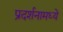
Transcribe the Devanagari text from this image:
प्रदर्शनामध्ये